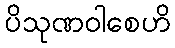
ပိသုဏဝါစေဟိ